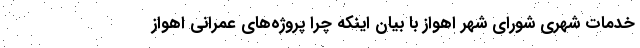
خدمات شهری شورای شهر اهواز با بیان اینکه چرا پروژه‌های عمرانی اهواز